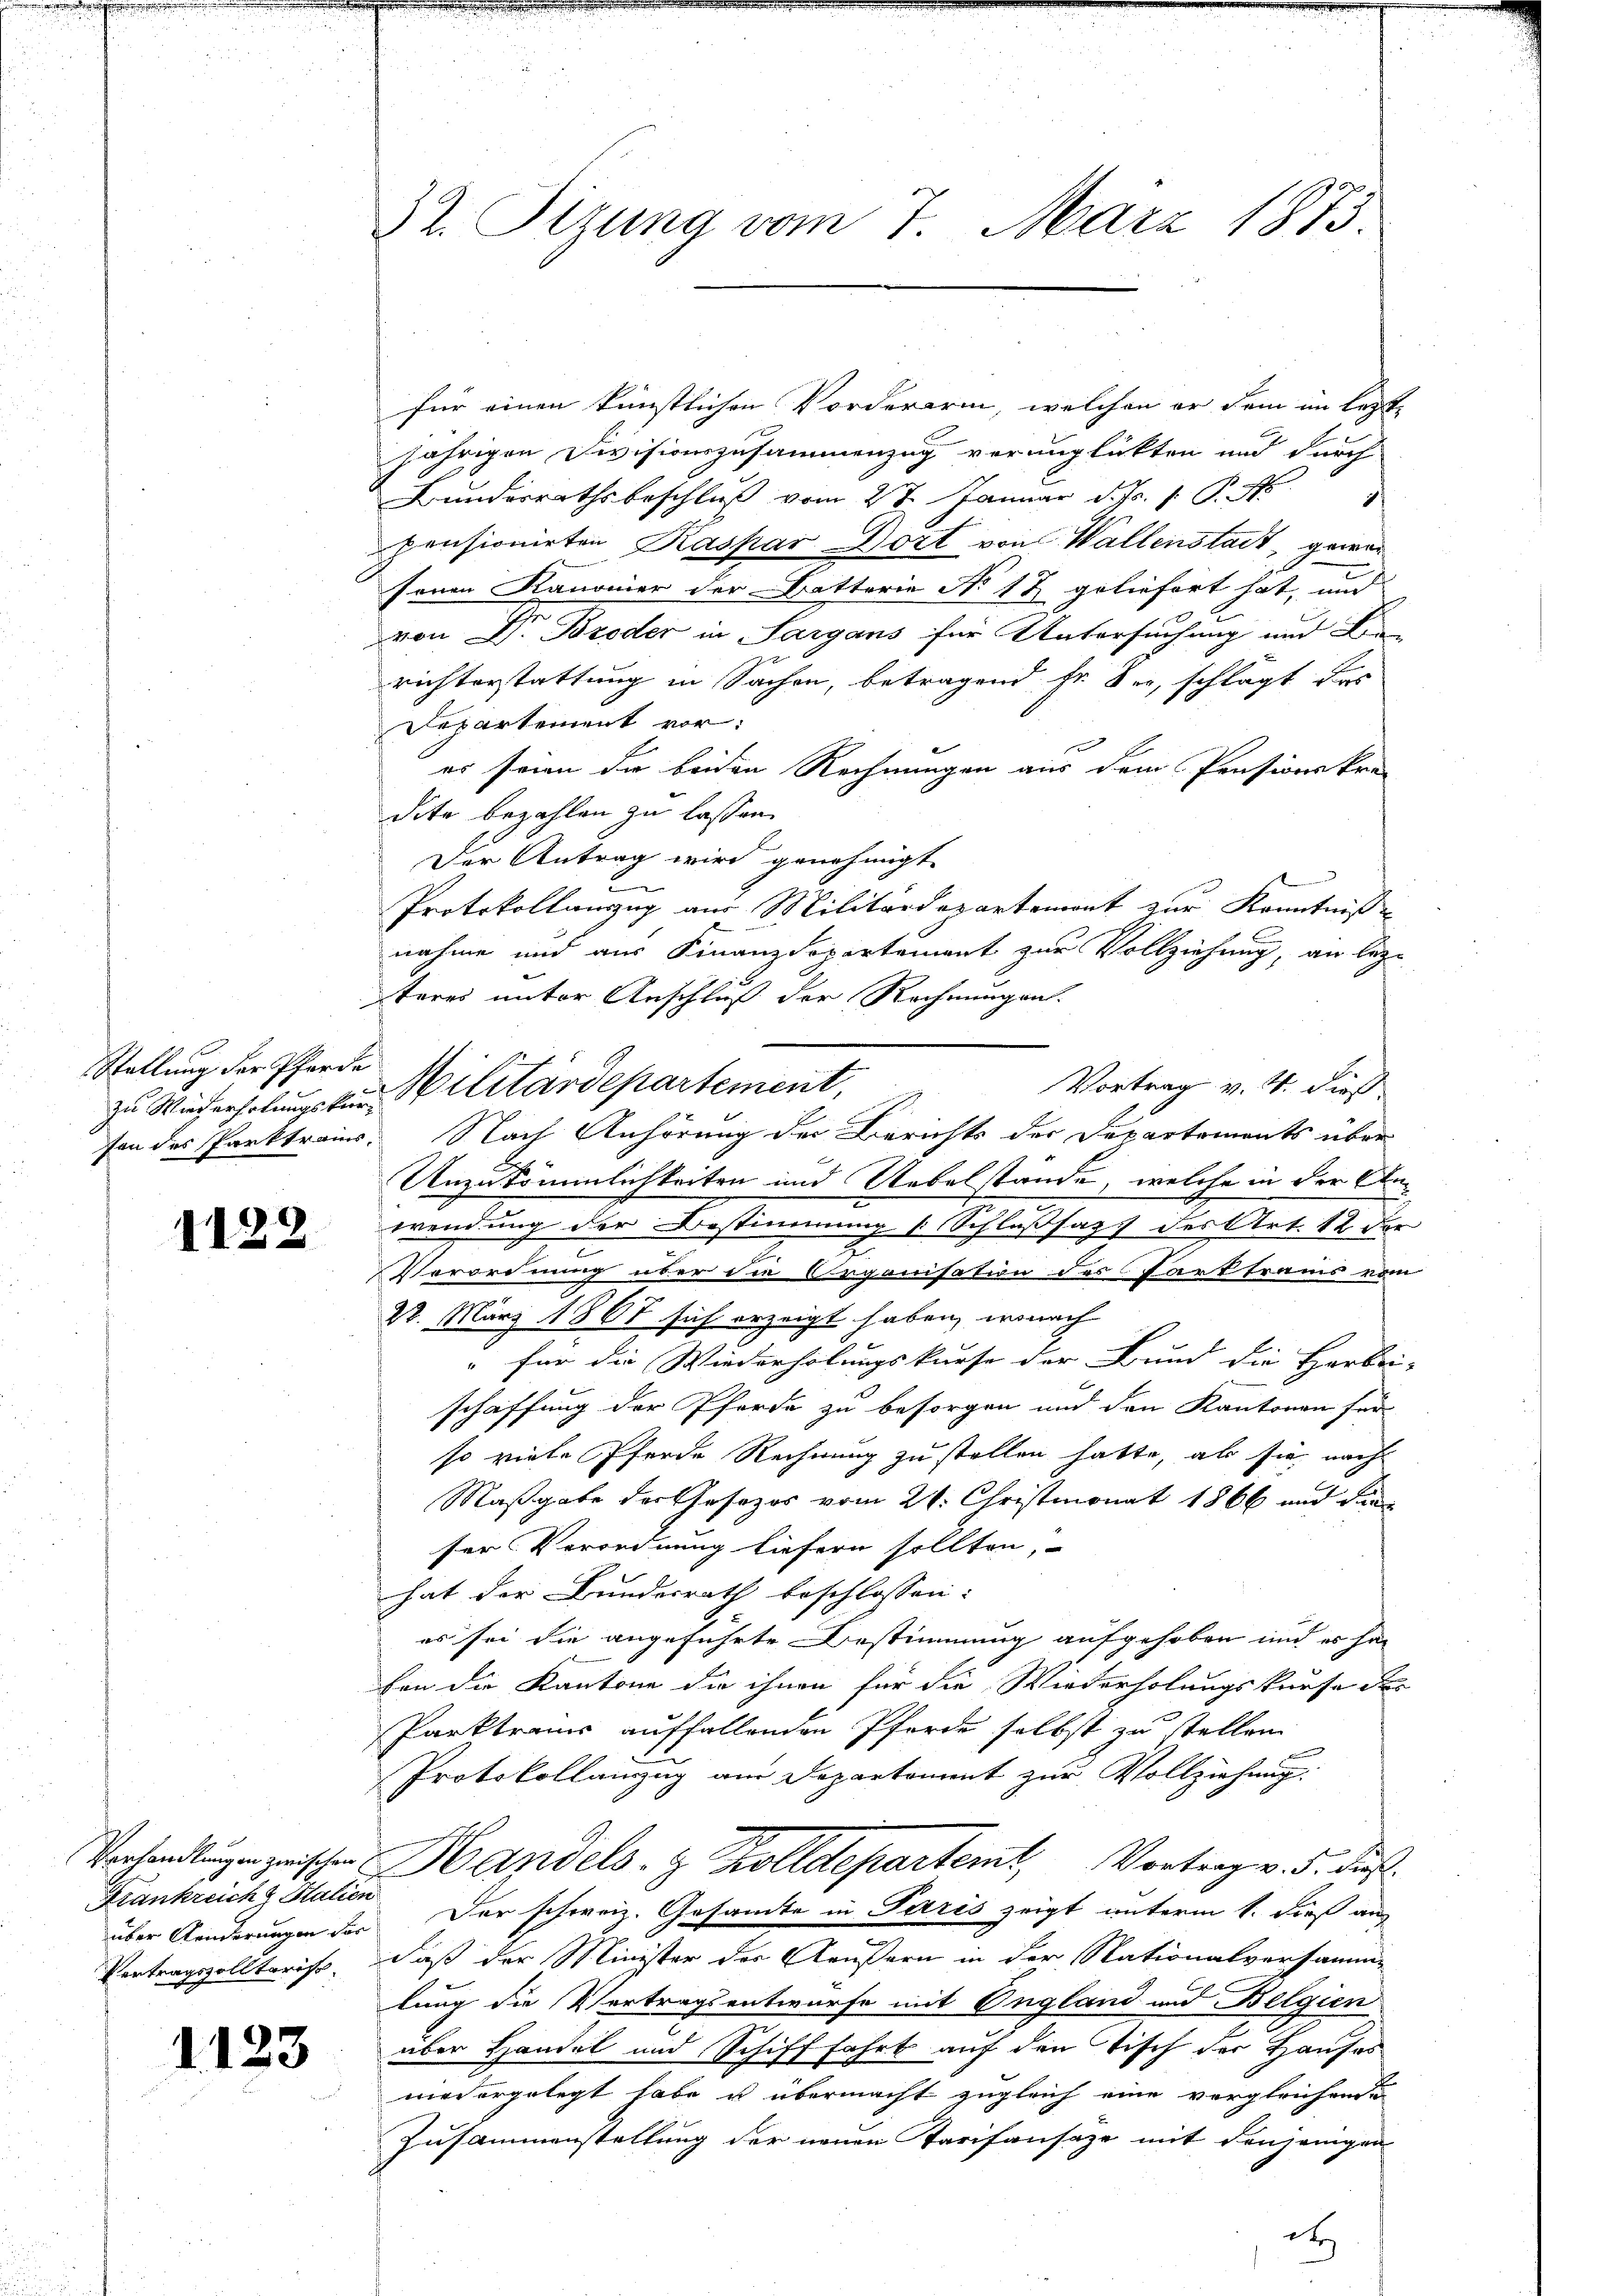
Stellung der Pferde

1122

Frankreich & Italien
Vertragszolltarisc

1123

32. Sitzung vom 7. März 1875.

für einen künstlichen Vorderarm, welchen er dem im letz
jährigen Divisionszusammenzug verunglückten und durch
Bunderrathsbeschluß vom 2te Januar d. Js. 1. P. M.
pensionirten Kaspar Dort von Wallenstadt, gewar
senen Kanonier der Batterie No 12 geliefert hat, und
von Dr. Broder in Sargans für Untersuchung und Kin-
richterstattung in Sachen, betragend Er der, schlägt das
Departement vor:
es seien die beiden Rechnungen aus dem Pensionskra-
dite bezahlen zu lassen.
Der Antrag wird genehmigt.
Protokollanzug aus Militärdepartemont zur Kenntniße
nahme und aus Finanzdepartement zur Vollziehung, an lez-
steres unter Anschluß der Rechnungen.
Vortrag v. 4. dieß
son des Parktrains. Nach Anhörung der Berichts der Departements über
Unzukömmlichkeiten und Uebelstände, welche in der Anwendung der Bestimmung (Schlußsatz des Art. 12 der
2
Verordnung über die Organisation des Parkframs vom
22. März 1867 sich erzeigt haben, wonach
" für die Wiederholungskurse der Bund die Herbei-
schaffung der Pferde zu besorgen und den Kantonen für
so viele Pferde Rechnung zu stellen hatte, als sie nach
Maßgabe der Gesezes vom 21. Christmonat 1866 und die
ser Verordnung liefern sollten,
hat der Bundesrath beschlossen:
es sei die angeführte Bestimmung aufgehoben und es ha
fen die Kantone die ihnen für die Wiederholungskurse des
Parktrames auffallenden Pferde selbst zu stellen.
Protokollanzug am Departement zur Vollziehung.
Vorhandlungen zwischen Handels- & Zolldepartemt, Vortrag v. 5. Fuß.
über Aenderungen der Der schweiz. Gesamte in Paris zeigt unterm 1. dieß aus
daß der Minister der Aeußern in der Stationalversamme
lung die Vertragsentwurfe mit England und Belgien
über Handel und Schifffahrt auf den Tisch der Hauses
wiedergelegt habe u übermacht zugleich eine vergleichende
Zusammenstellung der neuen Tarifansaze mit denjenigen
d

zu Wiederholungsten Militärdepartement,